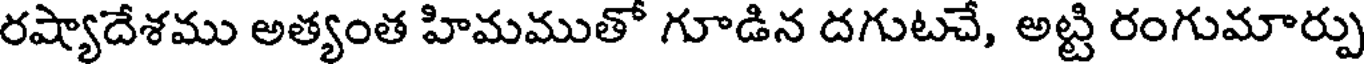
రష్యాదేశము అత్యంత హిమముతో గూడిన దగుటచే, అట్టి రంగుమార్పు